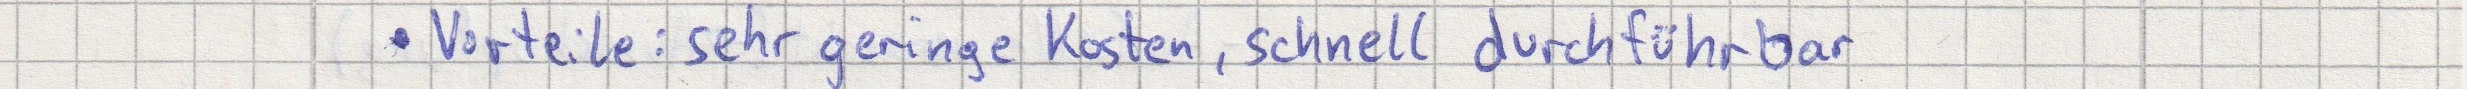
Vorteil: sehr geringe Kosten, schnell durchführbar